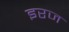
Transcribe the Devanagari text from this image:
इरज